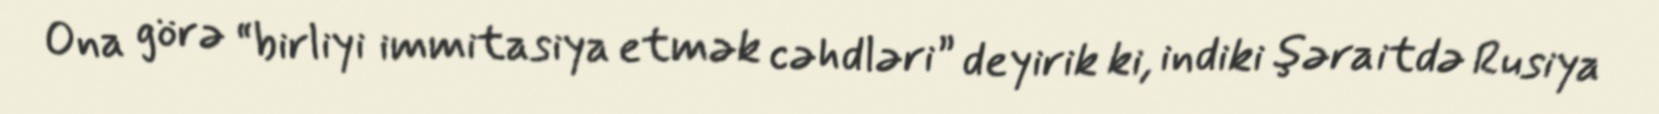
Ona görə “birliyi immitasiya etmək cəhdləri” deyirik ki, indiki şəraitdə Rusiya